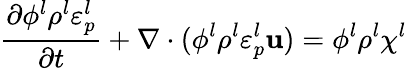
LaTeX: \frac{\partial\phi^{l}\rho^{l}\varepsilon_{p}^{l}}{\partial t}+\nabla\cdot(\phi^{l}\rho^{l}\varepsilon_{p}^{l}\mathbf{u})=\phi^{l}\rho^{l}\chi^{l}